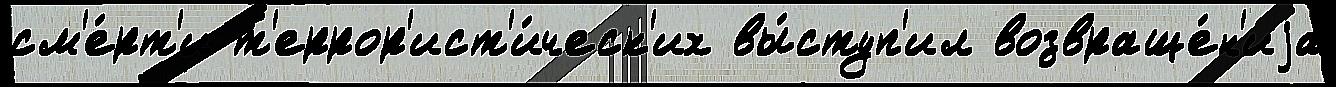
см'е́рт'и т'еррор'ист'и́ческ'их вы́ступ'ил возвраще́н'иjа